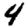
Digit: 4